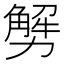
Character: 𠢲